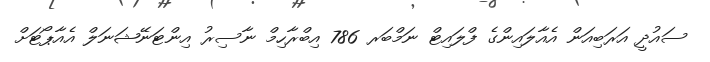
ސައުދީ އަރަބިއަން އެއާލައިންގެ ފްލައިޓް ނަމްބަރ 786 އިބްރާހިމް ނާސިރު އިންޓަނޭޝަނަލް އެއާޕޯޓަށް